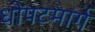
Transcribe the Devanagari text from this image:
धोपटमार्ग